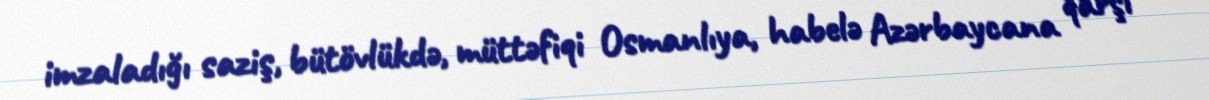
imzaladığı saziş, bütövlükdə, müttəfiqi Osmanlıya, habelə Azərbaycana qarşı